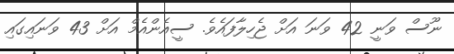
ނޫސް ވަނީ 42 ވަނަ އަށް ޖެހިލާފައެވެ. ސީއެންއެމް އަށް 43 ވަނައިގައި